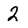
Character: 2